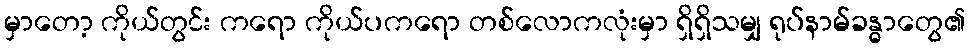
မှာတော့ ကိုယ်တွင်း ကရော ကိုယ်ပကရော တစ်လောကလုံးမှာ ရှိရှိသမျှ ရုပ်နာမ်ခန္ဓာတွေ၏